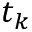
t _ { k }